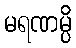
မရဏမ္ပိ